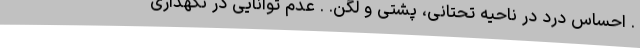
. احساس درد در ناحیه تحتانی، پشتی و لگن. . عدم توانایی در نگهداری